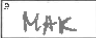
Transcription: MAK